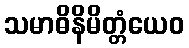
သမာဓိနိမိတ္တံယေဝ